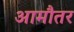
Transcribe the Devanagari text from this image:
आमौतर